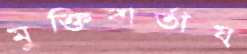
মুক্তিবার্তায়